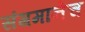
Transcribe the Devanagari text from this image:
संगमानेच